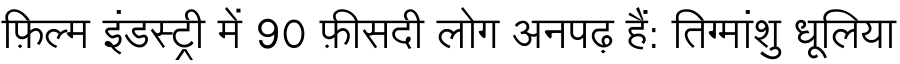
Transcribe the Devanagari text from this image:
फ़िल्म इंडस्ट्री में 90 फ़ीसदी लोग अनपढ़ हैं: तिग्मांशु धूलिया